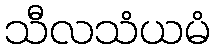
သီလသံယမံ